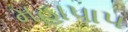
મહાપાપ